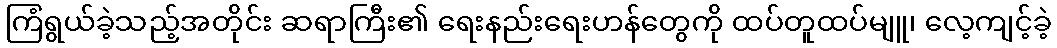
ကြံရွယ်ခဲ့သည့်အတိုင်း ဆရာကြီး၏ ရေးနည်းရေးဟန်တွေကို ထပ်တူထပ်မျူ၊ လေ့ကျင့်ခဲ့